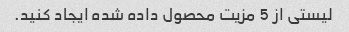
لیستی از 5 مزیت محصول داده شده ایجاد کنید.